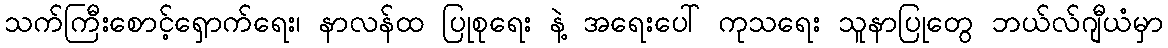
သက်ကြီးစောင့်ရှောက်ရေး၊ နာလန်ထ ပြုစုရေး နဲ့ အရေးပေါ် ကုသရေး သူနာပြုတွေ ဘယ်လ်ဂျီယံမှာ